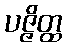
ပဇ္ဇိတ္ထ